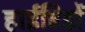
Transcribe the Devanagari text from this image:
हाईब्रिडों